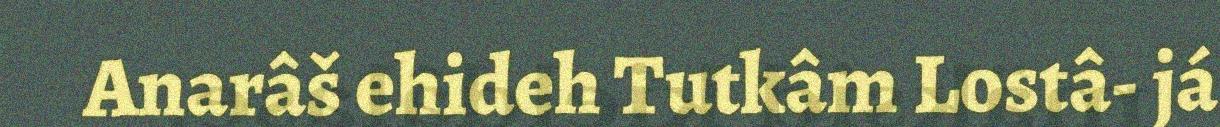
Anarâš ehideh Tutkâm Lostâ- já